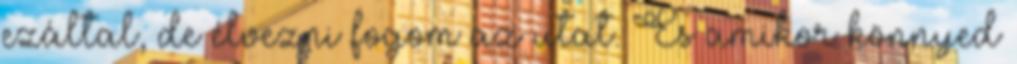
ezáltal, de élvezni fogom az utat. És amikor könnyed